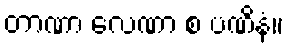
တာဏာ လေဏာ စ ပဏိနံ။